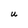
Character: U